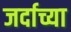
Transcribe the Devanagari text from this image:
जर्दाच्या